Report on sanitation, dispensaries, and jails in Rajputana for 1920, and on vaccination for the year 1920-1921 - 1920-1921
Year: 1920
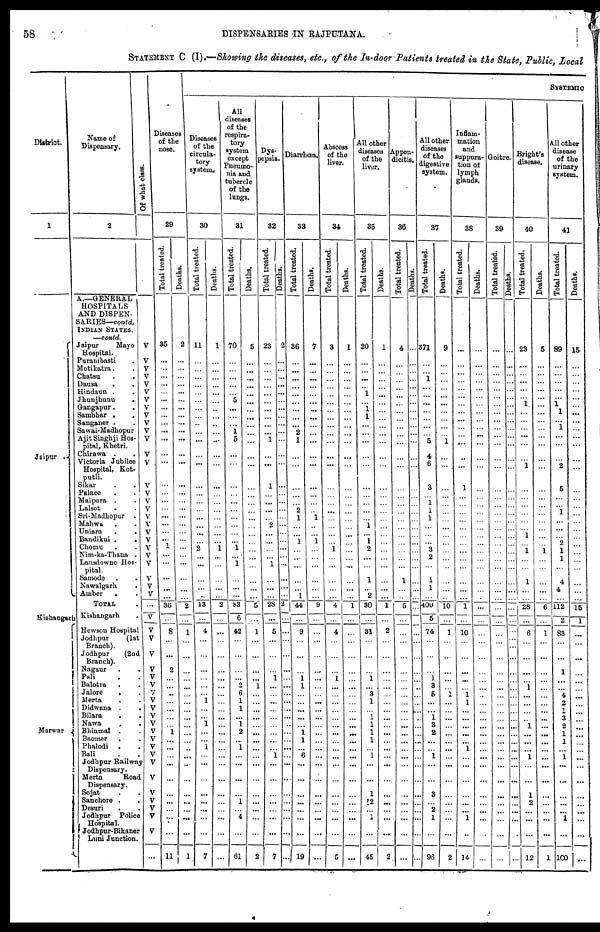
58
DISPENSARIES IN RAJPUTANA.
STATEMENT C (I).—Showing the diseases, etc., of the In-door Patients treated in the State, Public, Local
District.
1
Jaipur .
Kishangarh
Marwar
Name of
Dispensary.
2
A.—GENERAL
HOSPITALS
AND DISPEN-
SARIES— contd.
INDIAN STATES.
—contd.
Jaipur
Mayo
Hospital.
Puranibasti .
Motikatra. .
Chatsu. .
Dausa
. .
Hindaun . .
Jhunjhunu
.
Gangapur . .
Sambhar . .
Sanganer . .
Sawai-Madhopur
Ajit Singhji Hos-
pital, Khetri.
Chirawa .
.
Victoria Jubilee
Hospital, Kot¬
putli.
Sikar . .
Palace . .
Malpura . .
Lalsot . .
Sri-Madhopur .
Mahwa . .
Uniara
.
.
Bandikui . .
Chomu . .
Nim-ka-Thana .
Lansdowne Hos-
pital.
Samode . .
Nawalgarh .
Amber . .
TOTAL .
Kishangarh .
Hewson Hospital
Jodhpur
(1st
Branch).
Jodhpur
(2nd
Branch).
Nagaur . .
Pali . .
Balotra . .
Jalore . .
Merta . . .
Didwana .
.
Bilara
. .
Nawa
. .
Bhinmal . .
Baomer . .
Phalodi . .
Bali . .
Jodhpur Railway
Dispensary.
Merta
Road
Dispensary.
Sojat . .
Sanchore . .
Desuri . .
Jodhpur Police
Hospital.
Jodhpur-Bikaner
Luni Junction.
Of what class.
V
V
V
V
V
V
V
V
V
V
V
V
V
V
V
V
V
V
V
V
V
V
V
V
V
V
V
V
...
V
V
V
V
V
V
V
V
V
V
V
V
V
V
V
V
V
V
V
V
V
V
V
...
Diseases
of the
nose.
29
Total treated.
35
...
...
...
...
...
...
...
...
...
...
...
...
...
...
...
...
...
...
...
...
... 1
...
...
...
...
...
36
...
8
...
...
2
...
...
...
...
...
...
...
1
...
...
...
...
...
...
...
...
...
...
11
Deaths.
2
...
...
...
...
...
...
...
...
...
...
...
...
...
...
...
...
...
...
...
...
...
...
...
...
...
...
...
2
...
1
...
...
...
...
...
...
...
...
...
...
...
...
...
...
...
...
...
...
...
...
...
1
SYSTEMIC
Diseases
of the
circula-
tory
system.
30
Total treated.
11
...
...
...
...
...
...
...
...
...
...
...
...
...
...
...
...
...
...
...
...
...
2
...
...
...
...
..
13
...
4
...
...
...
...
...
...
1
...
...
1
...
...
1
...
...
...
...
...
...
...
...
7
Deaths.
1
...
...
...
...
...
...
...
...
...
...
...
...
...
...
...
...
...
...
...
...
... 1
...
...
...
...
...
2
...
...
...
...
...
...
...
...
...
...
...
...
...
...
...
...
...
...
...
...
...
...
...
...
All
diseases
of the
respira-
tory
system
except
Pneumo-
nia and
tubercle
of the
lungs.
31
Total treated.
70
...
...
...
...
... 5
...
...
...
1
5
...
...
...
...
...
...
...
...
...
...
1
...
1
...
...
...
83
6
42
...
...
...
... 2
6
1
1
...
1
2
...
1
...
...
...
...
1
...
4
...
61
Deaths.
5
...
...
...
...
...
...
...
...
...
...
...
...
...
...
...
...
...
...
...
...
...
...
...
...
...
...
...
5
...
1
...
...
...
...
1
...
...
...
...
...
...
...
...
...
...
...
...
...
...
...
2
Dys¬
pepsia.
32
Total treated.
23
...
...
...
...
...
...
...
...
...
...
1
...
...
1
...
...
...
...
2
...
...
...
...
1
...
...
...
23
...
5
...
...
...
1
...
...
...
...
...
...
...
...
...
1
...
...
...
...
...
...
...
7
Deaths.
2
...
...
...
...
...
...
...
...
...
...
...
...
...
...
...
...
...
...
...
...
...
...
...
...
...
...
...
2
...
...
...
...
...
...
...
...
...
...
...
...
...
...
...
...
...
...
...
...
...
...
...
...
Diarrhœa.
33
Total treated.
36
...
...
...
...
...
...
...
...
...
2
1
...
...
...
...
...
2
1
...
...
1
...
...
...
...
...
1
44
...
9
...
...
...
1
1
...
...
...
...
...
1
1
...
6
...
...
...
...
...
...
...
19
Deaths.
7
...
...
...
...
...
...
...
...
...
...
...
...
...
...
...
...
... 1
...
...
1
...
...
...
...
...
...
9
...
...
...
...
...
...
...
...
...
...
...
...
...
...
...
...
...
...
...
...
...
...
...
...
Abscess
of the
liver.
34
Total treated.
3
...
...
...
...
...
...
...
...
...
...
...
...
...
...
...
...
...
...
...
...
...
1
...
...
...
...
...
4
...
4
...
...
...
1
...
...
...
...
...
...
...
...
...
...
...
...
...
...
...
...
...
5
Deaths.
1
...
...
...
...
...
...
...
...
...
...
...
...
...
...
...
...
...
...
...
...
...
...
...
...
...
...
...
1
...
...
...
...
...
...
...
...
...
...
...
...
...
...
...
...
...
...
...
...
...
...
...
...
All other
diseases
of the
liver.
35
Total treated.
20
...
...
...
...
1
...
1
1
...
...
...
...
...
...
...
...
...
...
1
...
1
2
...
...
1
...
2
30
...
31
...
...
...
1
...
3
1
...
1 1
1
1
...
1
...
...
1
2
...
1
...
45
Deaths.
1
...
...
...
...
...
...
...
...
...
...
...
...
...
...
...
...
...
...
...
...
...
...
...
...
...
...
...
1
...
2
...
...
...
...
...
...
...
...
...
...
...
...
...
...
...
...
...
...
...
...
...
2
Appen-
dicitis.
36
Total treated.
4
...
...
...
...
...
...
...
...
...
...
...
...
...
...
...
...
...
...
...
...
...
...
...
...
1
...
...
5
...
...
...
...
...
...
...
...
...
...
...
...
...
...
...
...
...
...
...
...
...
...
...
...
Deaths.
...
...
...
...
...
...
...
...
...
...
...
...
...
...
...
...
...
...
...
...
...
...
...
...
...
...
...
...
...
...
...
...
...
...
...
...
...
...
...
...
...
...
...
...
...
...
...
...
...
...
...
...
...
All other
diseases
of the
digestive
system.
37
Total treated.
371
...
...
1
...
...
...
...
...
...
... 5
4
6
3
...
1 1
1
...
...
... 3
2
...
1
1
...
400
5
74
...
...
...
1
3
5
...
...
1
3
2
...
...
1
...
...
3
... 2
1
...
96
Deaths.
9
...
...
...
...
...
...
...
...
...
... 1
...
...
...
...
...
...
...
...
...
...
...
...
...
...
...
...
10
...
1
...
...
...
...
... 1
...
...
...
...
...
...
...
...
...
...
...
...
...
...
...
2
Inflam-
mation
and
suppura-
tion of
lymph
glands.
38
Total treated.
...
...
...
...
...
...
...
...
...
...
...
...
...
...
1
...
...
...
...
...
...
...
...
...
...
...
...
...
1
...
10
...
...
...
...
...
1 1
...
...
...
...
...
1
...
...
...
...
...
...
1
...
14
Deaths.
...
...
...
...
...
...
...
...
...
...
...
...
...
...
...
...
...
...
...
...
...
...
...
...
...
...
...
...
...
...
...
...
...
...
...
...
...
...
...
...
...
...
...
...
...
...
...
...
...
...
...
...
...
Goitre.
39
Total treated.
...
...
...
...
...
...
...
...
...
...
...
...
...
...
...
...
...
...
...
...
...
...
...
...
...
...
...
...
...
...
...
...
...
...
...
...
...
...
...
...
...
...
...
...
...
...
...
...
...
...
...
...
...
Deaths.
...
...
...
...
...
...
...
...
...
...
...
...
...
...
...
...
...
...
...
...
...
...
...
...
...
...
...
...
...
...
...
...
...
...
...
...
...
...
...
...
...
...
...
...
...
...
...
...
...
...
...
...
...
Bright's
disease.
40
Total treated.
23
...
...
...
...
...
1
...
...
...
...
...
... 1
...
...
...
...
...
...
1
... 1
...
...
1
...
...
28
...
6
...
...
...
...
1
...
...
...
...
1
...
...
...
1
...
...
1
2
...
...
...
12
Deaths.
5
...
...
...
...
...
...
...
...
...
...
...
...
...
...
...
...
...
...
...
...
... 1
...
...
...
...
...
6
...
1
...
...
...
...
...
...
...
...
...
...
...
...
...
...
...
...
...
...
...
...
...
1
All other
disease
of the
urinary
system.
41
Total treated.
89
...
...
...
...
...
1
1
...
1
...
...
... 2
5
...
...
1
...
...
...
2
1
1
...
4
4
...
112
2
83
...
...
1
...
...
4
2
1
3
2
1
1
...
1
...
...
...
...
...
1
...
100
Deaths.
15
...
...
...
...
...
...
...
...
...
...
...
...
...
...
...
...
...
...
...
...
...
...
...
...
...
...
... 15
1
...
...
...
...
...
...
...
...
...
...
...
...
...
...
...
...
...
...
...
...
...
...
...